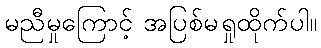
မညီမှုကြောင့် အပြစ်မရှုထိုက်ပါ။